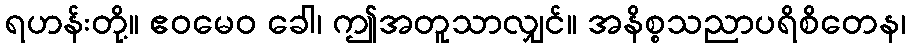
ရဟန်းတို့။ ဧဝမေဝ ခေါ၊ ဤအတူသာလျှင်။ အနိစ္စသညာပရိစိတေန၊